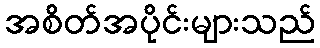
အစိတ်အပိုင်းများသည်